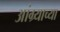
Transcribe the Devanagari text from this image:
आंग्र्याच्या